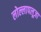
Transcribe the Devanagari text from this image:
लोल्लापलूज़ा